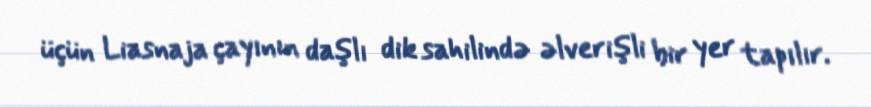
üçün Liasnaja çayının daşlı dik sahilində əlverişli bir yer tapılır.